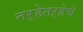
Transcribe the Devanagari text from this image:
तऱ्हेतऱ्हेचे